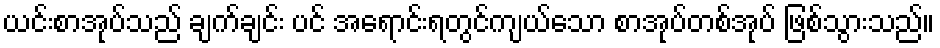
ယင်းစာအုပ်သည် ချက်ချင်း ပင် အရောင်းရတွင်ကျယ်သော စာအုပ်တစ်အုပ် ဖြစ်သွားသည်။